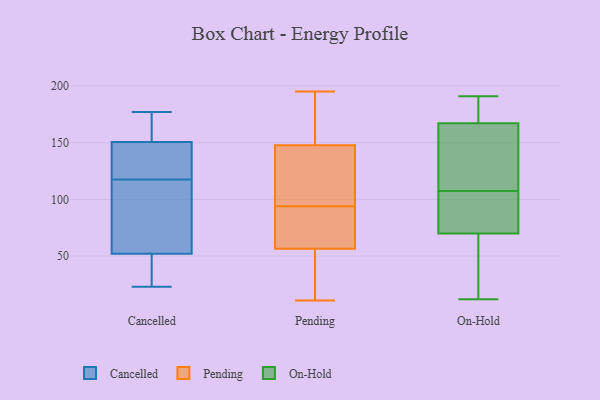
{"axis": {"x": "Gross Profit (USD K)", "y": "Value"}, "legend": ["Cancelled", "On-Hold", "Pending"], "data": [{"x": "", "y": 29, "type": "Cancelled"}, {"x": "", "y": 158, "type": "Cancelled"}, {"x": "", "y": 145, "type": "Cancelled"}, {"x": "", "y": 170, "type": "Cancelled"}, {"x": "", "y": 123, "type": "Cancelled"}, {"x": "", "y": 125, "type": "Cancelled"}, {"x": "", "y": 95, "type": "Cancelled"}, {"x": "", "y": 92, "type": "Cancelled"}, {"x": "", "y": 149, "type": "Cancelled"}, {"x": "", "y": 163, "type": "Cancelled"}, {"x": "", "y": 39, "type": "Cancelled"}, {"x": "", "y": 63, "type": "Cancelled"}, {"x": "", "y": 112, "type": "Cancelled"}, {"x": "", "y": 102, "type": "Cancelled"}, {"x": "", "y": 177, "type": "Cancelled"}, {"x": "", "y": 32, "type": "Cancelled"}, {"x": "", "y": 152, "type": "Cancelled"}, {"x": "", "y": 41, "type": "Cancelled"}, {"x": "", "y": 23, "type": "Cancelled"}, {"x": "", "y": 145, "type": "Cancelled"}, {"x": "", "y": 50, "type": "Pending"}, {"x": "", "y": 138, "type": "Pending"}, {"x": "", "y": 94, "type": "Pending"}, {"x": "", "y": 33, "type": "Pending"}, {"x": "", "y": 70, "type": "Pending"}, {"x": "", "y": 121, "type": "Pending"}, {"x": "", "y": 81, "type": "Pending"}, {"x": "", "y": 185, "type": "Pending"}, {"x": "", "y": 151, "type": "Pending"}, {"x": "", "y": 189, "type": "Pending"}, {"x": "", "y": 174, "type": "Pending"}, {"x": "", "y": 88, "type": "Pending"}, {"x": "", "y": 94, "type": "Pending"}, {"x": "", "y": 195, "type": "Pending"}, {"x": "", "y": 11, "type": "Pending"}, {"x": "", "y": 52, "type": "Pending"}, {"x": "", "y": 122, "type": "Pending"}, {"x": "", "y": 120, "type": "Pending"}, {"x": "", "y": 37, "type": "Pending"}, {"x": "", "y": 179, "type": "On-Hold"}, {"x": "", "y": 70, "type": "On-Hold"}, {"x": "", "y": 95, "type": "On-Hold"}, {"x": "", "y": 32, "type": "On-Hold"}, {"x": "", "y": 191, "type": "On-Hold"}, {"x": "", "y": 183, "type": "On-Hold"}, {"x": "", "y": 99, "type": "On-Hold"}, {"x": "", "y": 12, "type": "On-Hold"}, {"x": "", "y": 95, "type": "On-Hold"}, {"x": "", "y": 183, "type": "On-Hold"}, {"x": "", "y": 167, "type": "On-Hold"}, {"x": "", "y": 108, "type": "On-Hold"}, {"x": "", "y": 25, "type": "On-Hold"}, {"x": "", "y": 107, "type": "On-Hold"}, {"x": "", "y": 151, "type": "On-Hold"}, {"x": "", "y": 164, "type": "On-Hold"}, {"x": "", "y": 114, "type": "On-Hold"}, {"x": "", "y": 67, "type": "On-Hold"}]}